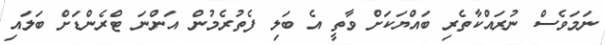
ނަމަވެސް ނުރައްކާތެރި ބައްޔަކަށް ވާތީ އެ ބަލި ފެތުރެމުން އަންނަ ޓްރެންޑަށް ބަލައި